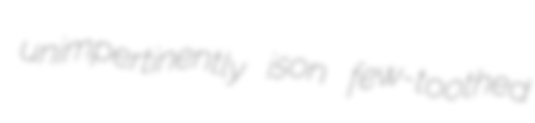
unimpertinently ison few-toothed